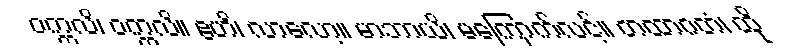
ဝက္ကလိ၊ ဝက္ကလိ။ ဧဟိ၊ လာလော့။ မာဘာယိ၊ မကြောက်လင့်။ တထာဂတံ၊ ထို